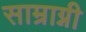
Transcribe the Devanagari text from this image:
साम्राग्नी